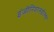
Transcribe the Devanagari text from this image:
इंजीनियररुडोल्फ